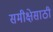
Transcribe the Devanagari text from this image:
समीक्षेसाठी